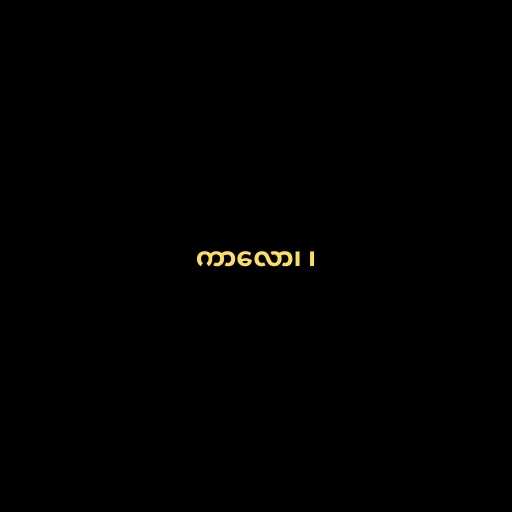
ကာလော၊ ၊